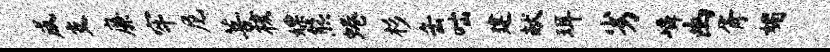
咸支廉牢尼菩核嫖熊蜷杉缶咄建献珥劣嶙幽胥媚